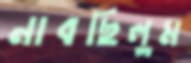
নাবছিলুম